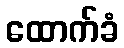
ထောက်ခံ